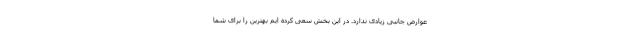
عوارض جانبی زیادی ندارد. در این بخش سعی کرده ایم بهترین را برای شما